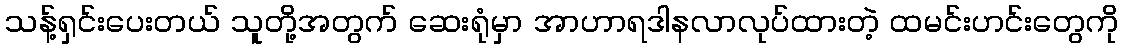
သန့်ရှင်းပေးတယ် သူတို့အတွက် ဆေးရုံမှာ အာဟာရဒါနလာလုပ်ထားတဲ့ ထမင်းဟင်းတွေကို